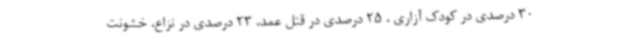
30 درصدی در کودک آزاری ، 25 درصدی در قتل عمد، 23 درصدی در نزاع، خشونت